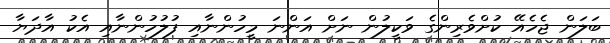
ބަލަން ޖެހެއޭ ކުށްވެރިންގެ ވަކީލުން ނަށް އަންނަ މީހުންނާއި ފުލުހުންނާއި އެކު އާދަޔާ